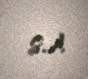
s.).